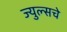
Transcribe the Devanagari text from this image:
ज्युल्सचे